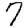
Digit: 7